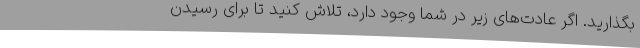
بگذارید. اگر عادت‌های زیر در شما وجود دارد، تلاش کنید تا برای رسیدن